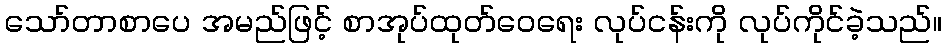
သော်တာစာပေ အမည်ဖြင့် စာအုပ်ထုတ်ဝေရေး လုပ်ငန်းကို လုပ်ကိုင်ခဲ့သည်။